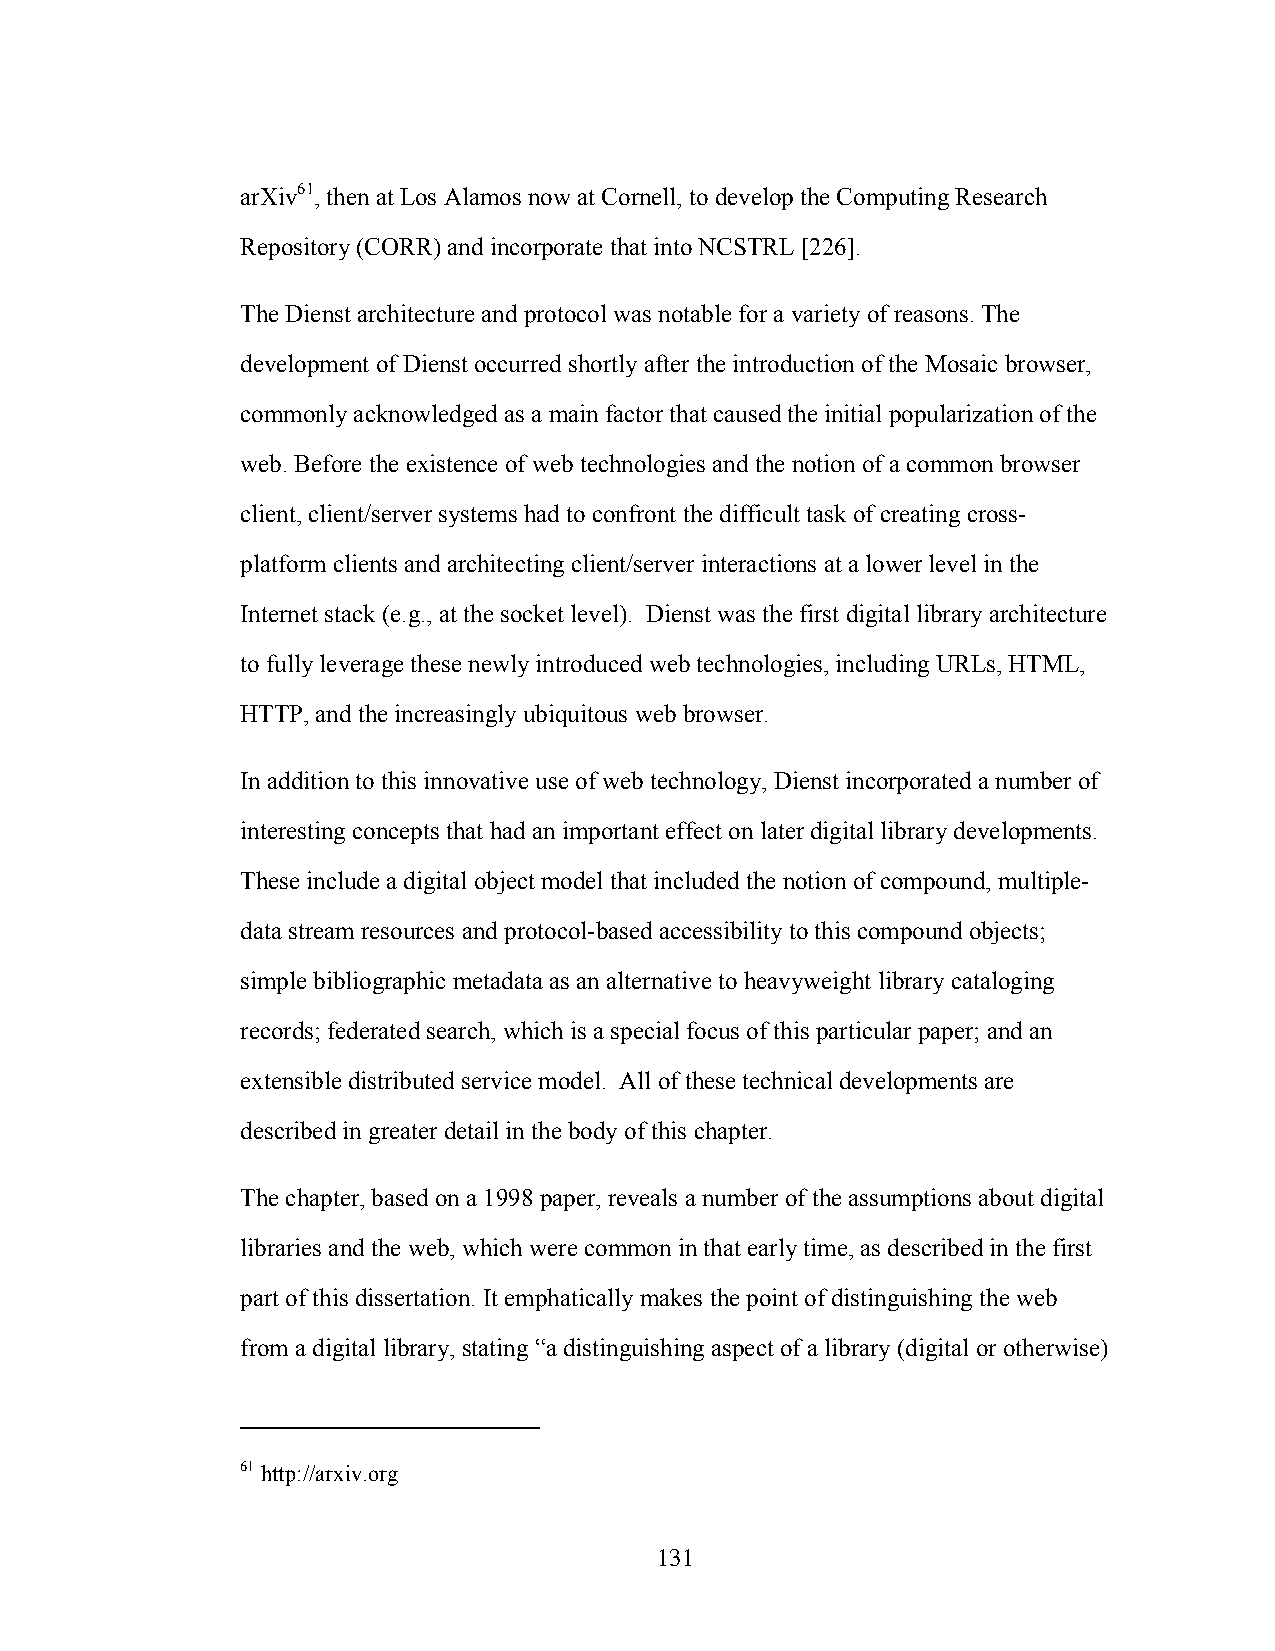
arXiv61, then at Los Alamos now at Cornell, to develop the Computing Research
 Repository (CORR) and incorporate that into NCSTRL [226].
 The Dienst architecture and protocol was notable for a variety of reasons. The
 development of Dienst occurred shortly after the introduction of the Mosaic browser,
 commonly acknowledged as a main factor that caused the initial popularization of the
 web. Before the existence of web technologies and the notion of a common browser
 client, client/server systems had to confront the difficult task of creating cross-
 platform clients and architecting client/server interactions at a lower level in the
 Internet stack (e.g., at the socket level). Dienst was the first digital library architecture
 to fully leverage these newly introduced web technologies, including URLs, HTML,
 HTTP, and the increasingly ubiquitous web browser.
 In addition to this innovative use of web technology, Dienst incorporated a number of
 interesting concepts that had an important effect on later digital library developments.
 These include a digital object model that included the notion of compound, multiple-
 data stream resources and protocol-based accessibility to this compound objects;
 simple bibliographic metadata as an alternative to heavyweight library cataloging
 records; federated search, which is a special focus of this particular paper; and an
 extensible distributed service model. All of these technical developments are
 described in greater detail in the body of this chapter.
 The chapter, based on a 1998 paper, reveals a number of the assumptions about digital
 libraries and the web, which were common in that early time, as described in the first
 part of this dissertation. It emphatically makes the point of distinguishing the web
 from a digital library, stating “a distinguishing aspect of a library (digital or otherwise)
 61 http://arxiv.org
 131